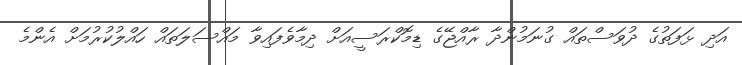
އަދި ޅަފަތުގެ ދުވަސްތައް ގުނަމުންދާ ރާއްޖޭގެ ޑިމޮކްރަސީއަށް ދިމާވެފައިވާ މައްސަލަތައް ހައްލުކުރުމަށް އެންމެ